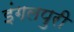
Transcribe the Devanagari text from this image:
इंगलपुरी